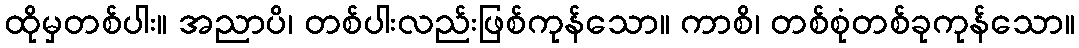
ထိုမှတစ်ပါး။ အညာပိ၊ တစ်ပါးလည်းဖြစ်ကုန်သော။ ကာစိ၊ တစ်စုံတစ်ခုကုန်သော။